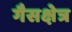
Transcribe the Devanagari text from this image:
गैसक्षेत्र